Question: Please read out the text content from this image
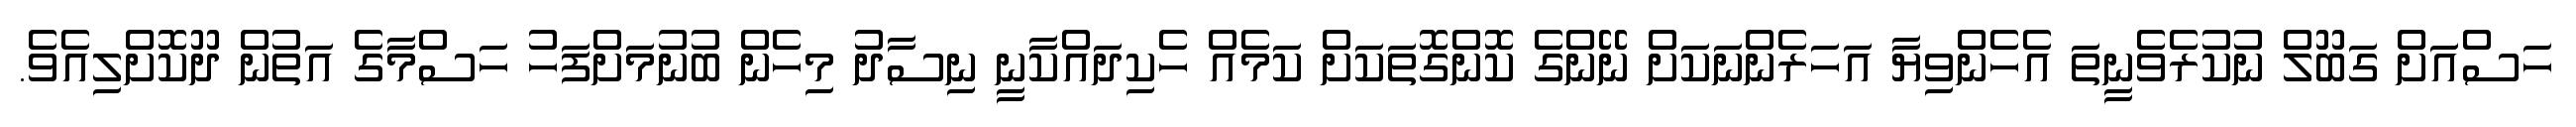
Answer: ހަސްއަށް ގަބޫލް ނުކުރެވެނީތަ އެހެންވިޔާ އަހަރެންނަކަށް ނޭންގެ ކޮންގޮތަކަށް ކަމެއް ހެކިދައްކާނީ ނިސާދު މިހެން ބުނުމަށްފަހު ހަސްމާގެ އަތުން ދޫކޮށްލިއެވެ.